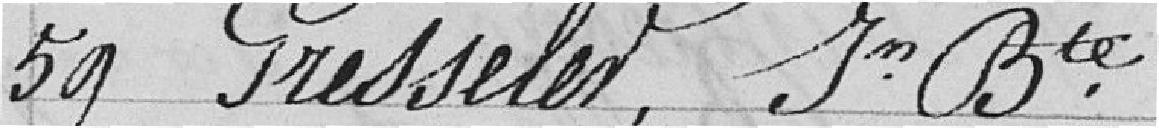
59 Gresseler, Jean-Baptiste